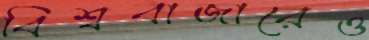
বিশ্ববাজারেও